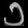
Digit: ၁